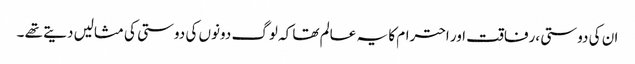
ان کی دوستی ،رفاقت اور احترام کا یہ عالم تھا کہ لوگ دونوں کی دوستی کی مثالیں دیتے تھے ۔